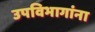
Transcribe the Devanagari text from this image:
उपविभागांना